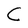
Character: C